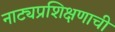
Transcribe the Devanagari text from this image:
नाट्यप्रशिक्षणाची